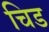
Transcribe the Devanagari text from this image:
चिड